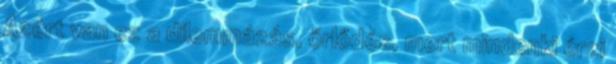
Azért van ez a dilemmázás, őrlődés, mert mindenki érzi